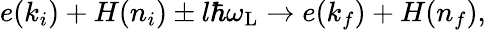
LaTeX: \begin{array}{r}{e(k_{i})+H(n_{i})\pm l\hbar\omega_{\mathrm{L}}\rightarrow e(k_{f})+H(n_{f}),}\end{array}